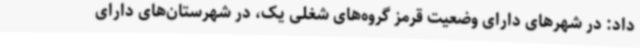
داد: در شهرهای دارای وضعیت قرمز گروه‌های شغلی یک، در شهرستان‌های دارای